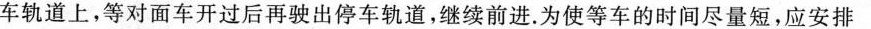
车轨道上，等对面车开过后再驶出停车轨道，继续前进。为使等车的时间尽量短，应安排